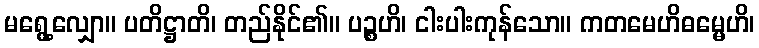
မရွေ့လျှော။ ပတိဋ္ဌာတိ၊ တည်နိုင်၏။ ပဉ္စဟိ၊ ငါးပါးကုန်သော။ ကတမေဟိဓမ္မေဟိ၊